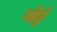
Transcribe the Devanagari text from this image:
गोट्ठं